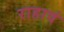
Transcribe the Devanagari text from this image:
राहावं